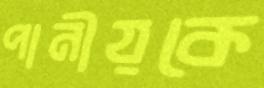
পানীয়কে